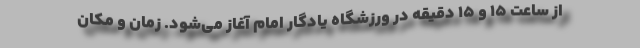
از ساعت ۱۵ و ۱۵ دقیقه در ورزشگاه یادگار امام آغاز می‌شود. زمان و مکان